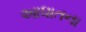
આધાતના